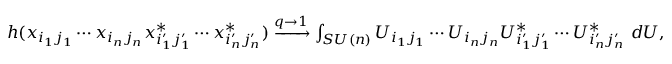
\begin{array} { r } { { \small h ( x _ { i _ { 1 } j _ { 1 } } \cdots x _ { i _ { n } j _ { n } } x _ { i _ { 1 } ^ { \prime } j _ { 1 } ^ { \prime } } ^ { * } \cdots x _ { i _ { n } ^ { \prime } j _ { n } ^ { \prime } } ^ { * } ) \xrightarrow { q \rightarrow 1 } \int _ { S U ( n ) } U _ { i _ { 1 } j _ { 1 } } \cdots U _ { i _ { n } j _ { n } } U _ { i _ { 1 } ^ { \prime } j _ { 1 } ^ { \prime } } ^ { * } \cdots U _ { i _ { n } ^ { \prime } j _ { n } ^ { \prime } } ^ { * } \ d U } , } \end{array}